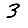
Digit: 3